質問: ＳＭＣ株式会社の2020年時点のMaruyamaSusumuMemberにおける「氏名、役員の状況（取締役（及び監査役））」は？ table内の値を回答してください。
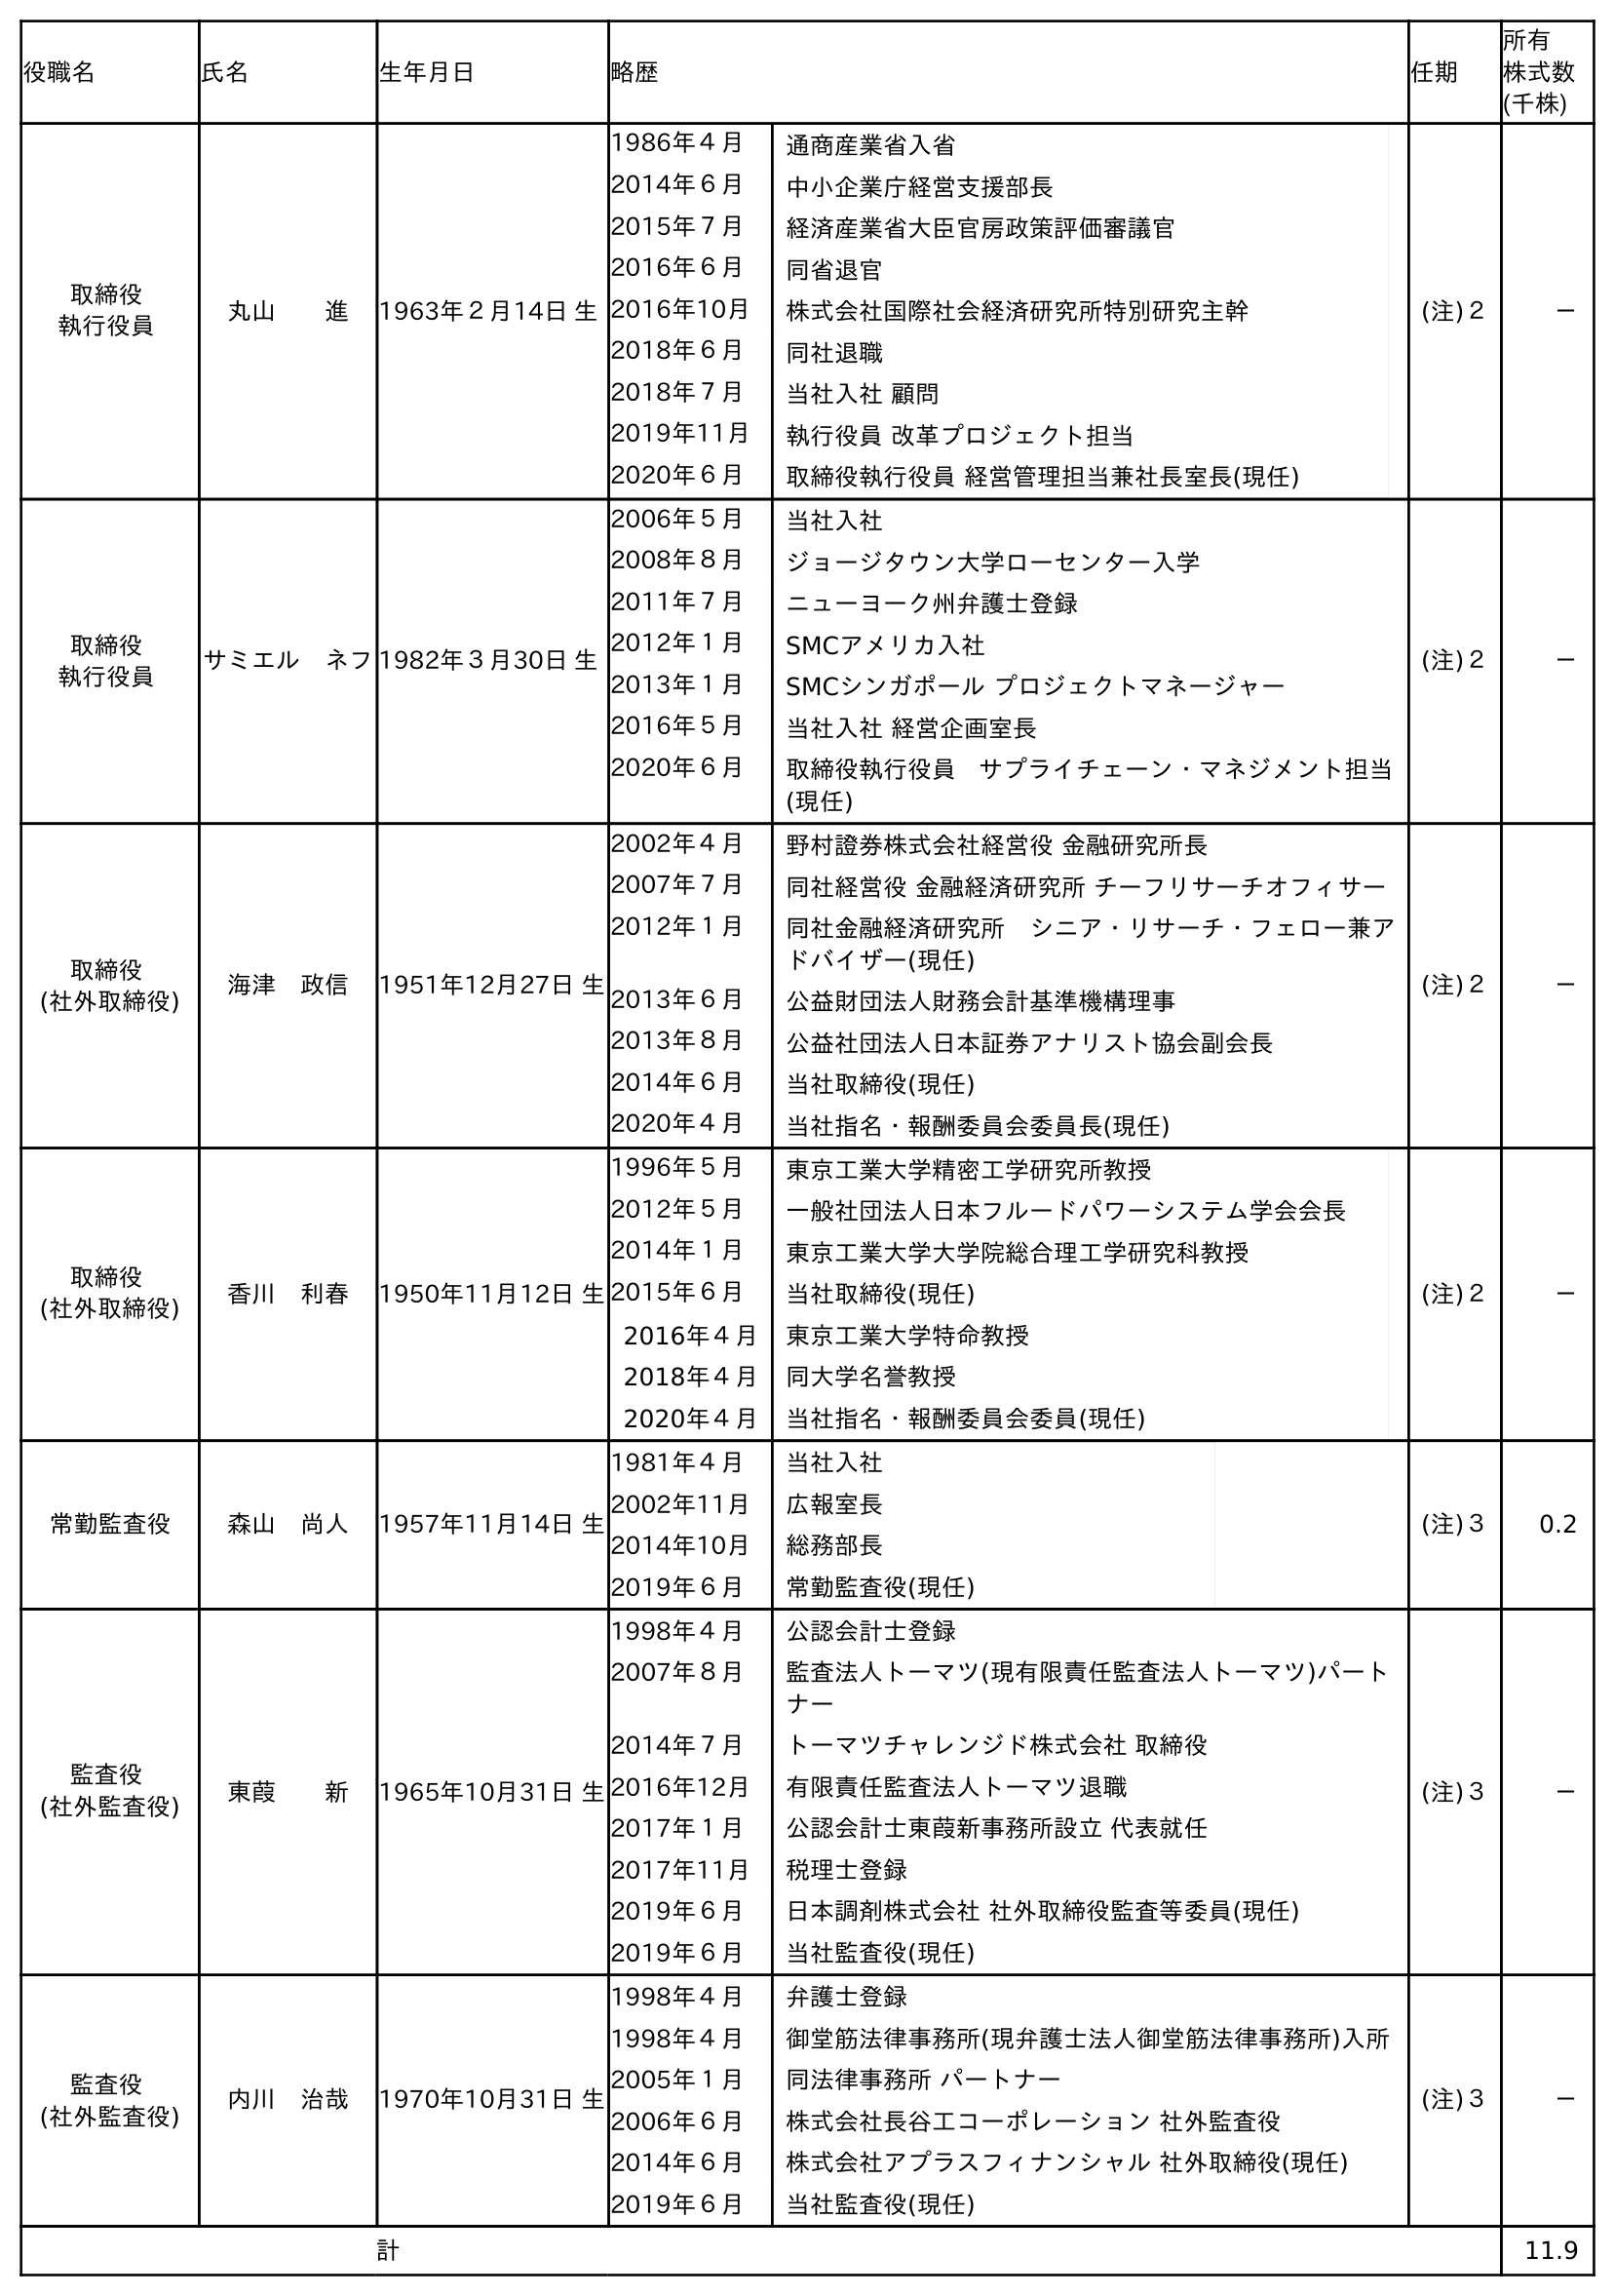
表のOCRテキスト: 役職名 氏名 生年月日 略歴 任期 所有 株式数 (千株) 取締役 執行役員 丸山  進 1963年２月14日 生 1986年４月 通商産業省入省 2014年６月 中小企業庁経営支援部長 2015年７月 経済産業省大臣官房政策評価審議官 2016年６月 同省退官 2016年10月 株式会社国際社会経済研究所特別研究主幹 2018年６月 同社退職 2018年７月 当社入社 顧問 2019年11月 執行役員 改革プロジェクト担当 2020年６月 取締役執行役員 経営管理担当兼社長室長(現任) (注)２ － 取締役 執行役員 サミエル ネフ1982年３月30日 生 2006年５月 当社入社 2008年８月 ジョージタウン大学ローセンター入学 2011年７月 ニューヨーク州弁護士登録 2012年１月 SMCアメリカ入社 2013年１月 SMCシンガポール プロジェクトマネージャー 2016年５月 当社入社 経営企画室長 2020年６月 取締役執行役員 サプライチェーン・マネジメント担当 (現任) (注)２ － 取締役 (社外取締役) 海津 政信 1951年12月27日 生 2002年４月 野村證券株式会社経営役 金融研究所長 2007年７月 同社経営役 金融経済研究所 チーフリサーチオフィサー 2012年１月 同社金融経済研究所 シニア・リサーチ・フェロー兼ア ドバイザー(現任) 2013年６月 公益財団法人財務会計基準機構理事 2013年８月 公益社団法人日本証券アナリスト協会副会長 2014年６月 当社取締役(現任) 2020年４月 当社指名・報酬委員会委員長(現任) (注)２ － 取締役 (社外取締役) 香川 利春 1950年11月12日 生 1996年５月 東京工業大学精密工学研究所教授 2012年５月 一般社団法人日本フルードパワーシステム学会会長 2014年１月 東京工業大学大学院総合理工学研究科教授 2015年６月 当社取締役(現任) 2016年４月 東京工業大学特命教授 2018年４月 同大学名誉教授 2020年４月 当社指名・報酬委員会委員(現任) (注)２ － 常勤監査役 森山 尚人 1957年11月14日 生 1981年４月 当社入社 2002年11月 広報室長 2014年10月 総務部長 2019年６月 常勤監査役(現任) (注)３ 0.2 監査役 (社外監査役) 東葭  新 1965年10月31日 生 1998年４月 公認会計士登録 2007年８月 監査法人トーマツ(現有限責任監査法人トーマツ)パート ナー 2014年７月 トーマツチャレンジド株式会社 取締役 2016年12月 有限責任監査法人トーマツ退職 2017年１月 公認会計士東葭新事務所設立 代表就任 2017年11月 税理士登録 2019年６月 日本調剤株式会社 社外取締役監査等委員(現任) 2019年６月 当社監査役(現任) (注)３ － 監査役 (社外監査役) 内川 治哉 1970年10月31日 生 1998年４月 弁護士登録 1998年４月 御堂筋法律事務所(現弁護士法人御堂筋法律事務所)入所 2005年１月 同法律事務所 パートナー 2006年６月 株式会社長谷工コーポレーション 社外監査役 2014年６月 株式会社アプラスフィナンシャル 社外取締役(現任) 2019年６月 当社監査役(現任) (注)３ － 計 11.9
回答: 丸山進